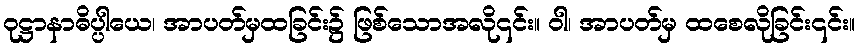
ဝုဋ္ဌာနာဓိပ္ပါယေ၊ အာပတ်မှထခြင်း၌ ဖြစ်သောအလို၎င်း။ ဝါ၊ အာပတ်မှ ထစေလိုခြင်း၎င်း။